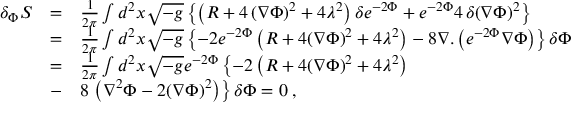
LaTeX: \begin{array} { l c l } { { \delta _ { \Phi } S } } & { { = } } & { { { \frac { 1 } { 2 \pi } } \int d ^ { 2 } x \sqrt { - g } \left\{ \left( R + 4 \, { \left( \nabla \Phi \right) } ^ { 2 } + 4 \lambda ^ { 2 } \right) \delta e ^ { - 2 \Phi } + e ^ { - 2 \Phi } 4 \, \delta { \left( \nabla \Phi \right) } ^ { 2 } \right\} } } \\ { { } } & { { = } } & { { { \frac { 1 } { 2 \pi } } \int d ^ { 2 } x \sqrt { - g } \left\{ - 2 e ^ { - 2 \Phi } \left( R + 4 { \left( \nabla \Phi \right) } ^ { 2 } + 4 \lambda ^ { 2 } \right) - 8 \nabla . \left( e ^ { - 2 \Phi } \nabla \Phi \right) \right\} \delta \Phi } } \\ { { } } & { { = } } & { { { \frac { 1 } { 2 \pi } } \int d ^ { 2 } x \sqrt { - g } e ^ { - 2 \Phi } \left\{ - 2 \left( R + 4 { \left( \nabla \Phi \right) } ^ { 2 } + 4 \lambda ^ { 2 } \right) \right. } } \\ { { } } & { { - } } & { { 8 \left. \left( \nabla ^ { 2 } \Phi - 2 { \left( \nabla \Phi \right) } ^ { 2 } \right) \right\} \delta \Phi = 0 \; , } } \end{array}